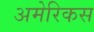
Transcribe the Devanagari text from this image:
अमेरिकस